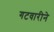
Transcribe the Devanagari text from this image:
गटवारीने